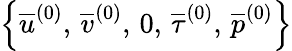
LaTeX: \left\lbrace\overline{{u}}^{(0)},\, \overline{{v}}^{(0)},\, 0,\, \overline{{\tau}}^{(0)},\, \overline{{p}}^{(0)}\right\}